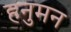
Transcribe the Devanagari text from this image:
हनुमन